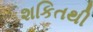
શકિતથી